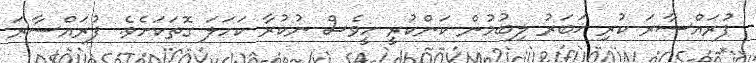
ފުރައްސާރަ ކުރި ޚަބަރު ލިބުމުން ކަންކުރީ ހީވެސް ނުކުރާ ކަހަލަ ގޮތަކަށެވެ. ފުރައްސާރަ